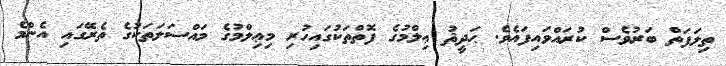
ތިލަފަތް ބަރުވެސް ކުރައްވައިފައެވެ. ޙަދީޘު ޢިލްމުގެ ފޮތްތަކުގައިހުރި މިޢިލްމުގެ މައްސަލަތަކުގެ ތެރޭގައި އެންމެ